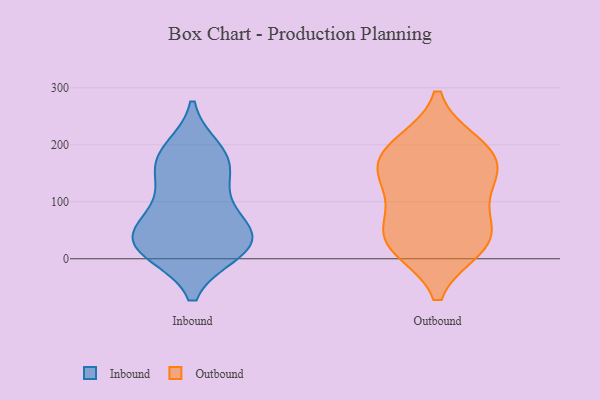
{"axis": {"x": "Backlog", "y": "Value"}, "legend": ["Inbound", "Outbound"], "data": [{"x": "", "y": 82, "type": "Inbound"}, {"x": "", "y": 23, "type": "Inbound"}, {"x": "", "y": 23, "type": "Inbound"}, {"x": "", "y": 31, "type": "Inbound"}, {"x": "", "y": 55, "type": "Inbound"}, {"x": "", "y": 160, "type": "Inbound"}, {"x": "", "y": 181, "type": "Inbound"}, {"x": "", "y": 51, "type": "Inbound"}, {"x": "", "y": 162, "type": "Inbound"}, {"x": "", "y": 13, "type": "Inbound"}, {"x": "", "y": 190, "type": "Inbound"}, {"x": "", "y": 115, "type": "Inbound"}, {"x": "", "y": 16, "type": "Inbound"}, {"x": "", "y": 140, "type": "Outbound"}, {"x": "", "y": 48, "type": "Outbound"}, {"x": "", "y": 105, "type": "Outbound"}, {"x": "", "y": 26, "type": "Outbound"}, {"x": "", "y": 186, "type": "Outbound"}, {"x": "", "y": 182, "type": "Outbound"}, {"x": "", "y": 40, "type": "Outbound"}, {"x": "", "y": 22, "type": "Outbound"}, {"x": "", "y": 199, "type": "Outbound"}, {"x": "", "y": 149, "type": "Outbound"}]}